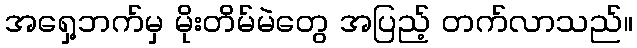
အရှေ့ဘက်မှ မိုးတိမ်မဲတွေ အပြည့် တက်လာသည်။